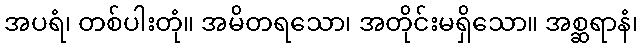
အပရံ၊ တစ်ပါးတုံ။ အမိတရသော၊ အတိုင်းမရှိသော။ အစ္ဆရာနံ၊